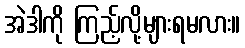
အဲဒါကို ကြည့်လို့များရမလား။